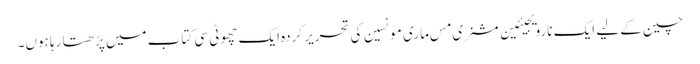
چین کے لیے ایک نارویجیئین مشنری مِس ماری مونسین کی تحریر کردہ ایک چھوٹی سی کتاب میں پڑھتا رہا ہوں۔